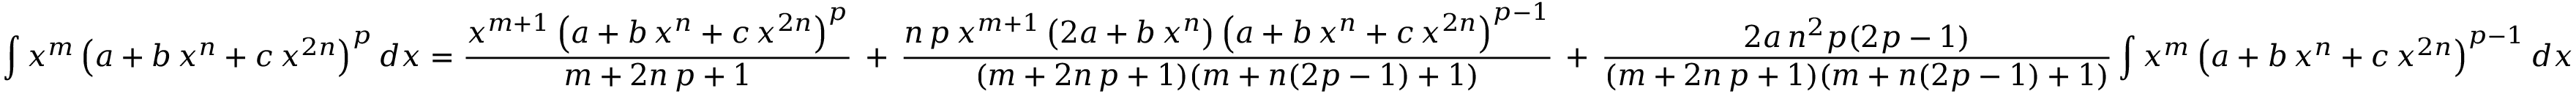
\int x ^ { m } \left( a + b \, x ^ { n } + c \, x ^ { 2 n } \right) ^ { p } d x = { \frac { x ^ { m + 1 } \left( a + b \, x ^ { n } + c \, x ^ { 2 n } \right) ^ { p } } { m + 2 n \, p + 1 } } \, + \, { \frac { n \, p \, x ^ { m + 1 } \left( 2 a + b \, x ^ { n } \right) \left( a + b \, x ^ { n } + c \, x ^ { 2 n } \right) ^ { p - 1 } } { ( m + 2 n \, p + 1 ) ( m + n ( 2 p - 1 ) + 1 ) } } \, + \, { \frac { 2 a \, n ^ { 2 } p ( 2 p - 1 ) } { ( m + 2 n \, p + 1 ) ( m + n ( 2 p - 1 ) + 1 ) } } \int x ^ { m } \left( a + b \, x ^ { n } + c \, x ^ { 2 n } \right) ^ { p - 1 } d x